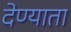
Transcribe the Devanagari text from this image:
देण्याता